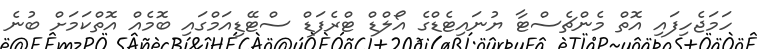
ހަމަޖެހިފައި އޮތް މެންޗެސްޓާ ޔުނައިޓެޑްގެ އޯލްޑް ޓްރެފަޑް ސްޓޭޑިއަމްގައި ބޮމެއް އޮތްކަމަށް ބުނެ